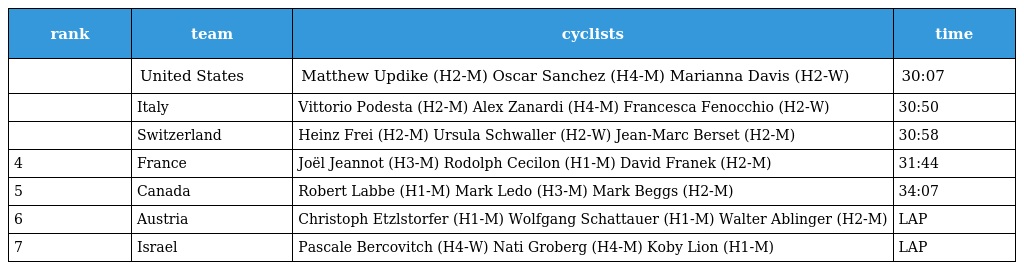
| rank | team | cyclists | time |
 | --- | --- | --- | --- |
 |  | United States | Matthew Updike (H2-M) Oscar Sanchez (H4-M) Marianna Davis (H2-W) | 30:07 |
 |  | Italy | Vittorio Podesta (H2-M) Alex Zanardi (H4-M) Francesca Fenocchio (H2-W) | 30:50 |
 |  | Switzerland | Heinz Frei (H2-M) Ursula Schwaller (H2-W) Jean-Marc Berset (H2-M) | 30:58 |
 | 4 | France | Joël Jeannot (H3-M) Rodolph Cecilon (H1-M) David Franek (H2-M) | 31:44 |
 | 5 | Canada | Robert Labbe (H1-M) Mark Ledo (H3-M) Mark Beggs (H2-M) | 34:07 |
 | 6 | Austria | Christoph Etzlstorfer (H1-M) Wolfgang Schattauer (H1-M) Walter Ablinger (H2-M) | LAP |
 | 7 | Israel | Pascale Bercovitch (H4-W) Nati Groberg (H4-M) Koby Lion (H1-M) | LAP |